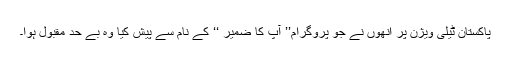
پاکستان ٹیلی ویژن پر انھوں نے جو پروگرام’’ آپ کا ضمیر ‘‘ کے نام سے پیش کیا وہ بے حد مقبول ہوا۔